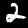
Digit: 2